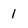
Character: 1